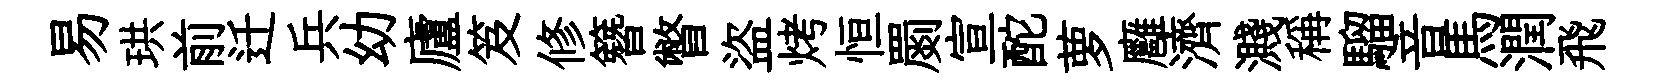
易珙前迁兵幼廬笈修簪瞥盜烤恒罽宣酡萝廱濟濺稱騮音馬潤飛